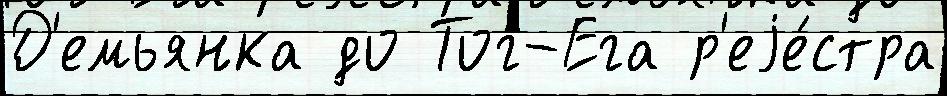
Д'емьянка до Тог-Ега р'еjе́стра